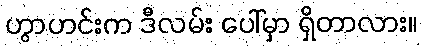
ဟွာဟင်းက ဒီလမ်း ပေါ်မှာ ရှိတာလား။